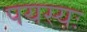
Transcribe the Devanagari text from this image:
पयस्यः